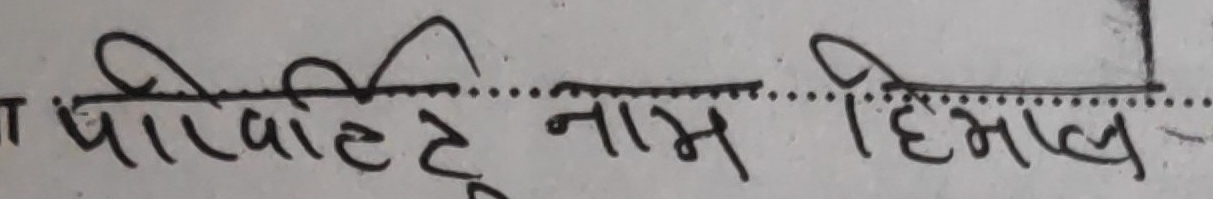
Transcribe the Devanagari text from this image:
पर्वतको नाम हिमाल